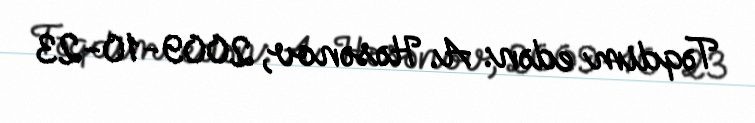
Təqdim edən: A. Həsənov, 2009-10-23